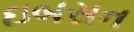
ઇબસન